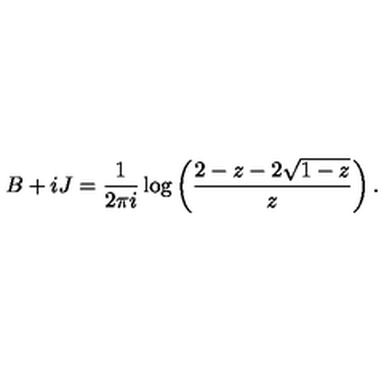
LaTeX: B + i J = \frac 1 { 2 \pi i } \log \left( \frac { 2 - z - 2 \sqrt { 1 - z } } z \right) .